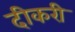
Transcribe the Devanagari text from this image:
दीकरी